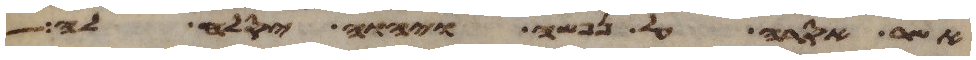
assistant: אשר אסרה על נפשה ויהוה יסלח לה